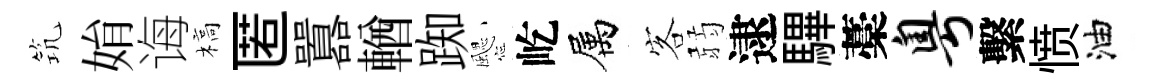
𥬑姢诲槁匿囂輶踟颸屹属客弱逮驆藁粤繫愤油